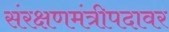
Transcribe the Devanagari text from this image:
संरक्षणमंत्रीपदावर